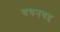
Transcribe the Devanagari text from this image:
वचनवद्द